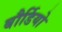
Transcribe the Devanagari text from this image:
बौर्डियो